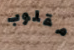
مقلوب